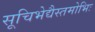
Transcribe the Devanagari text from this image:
सूचिभेद्यैस्तमोभिः